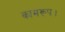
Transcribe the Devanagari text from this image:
कामरूप।